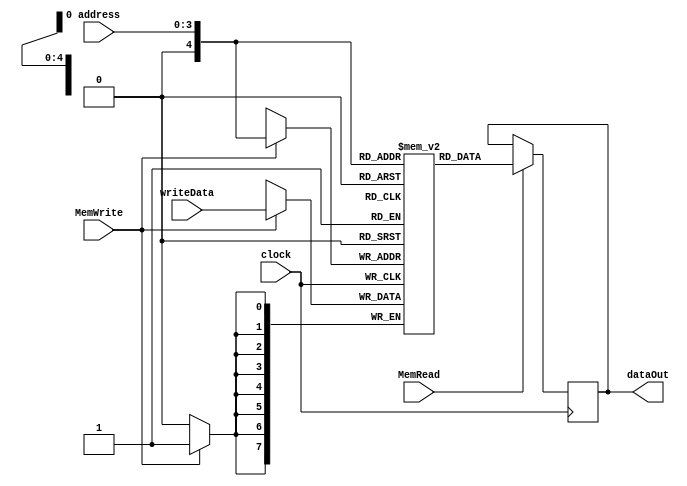
module DataMemory (
    input wire clock,
    input wire [3:0] address,
    input wire [7:0] writeData,
    output wire [7:0] dataOut,

    input wire MemRead,
    input wire MemWrite
);

  reg [7:0] data[30:0];
  reg [7:0] current;

  initial begin
    data[0] = 1;
    data[1] = 15;
    data[2] = 5;
  end

  always @(negedge clock) //leitura
    begin
    if (MemRead) begin
      current = data[address];
    end
  end

  always @(posedge clock) //escrita
    begin
    if (MemWrite) begin
      data[address] = writeData;
    end
  end

  assign dataOut = current;

endmodule